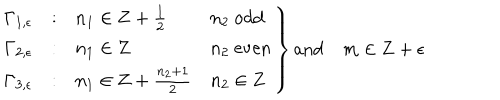
LaTeX: \left. \begin{array} { c c l l } { { \Gamma _ { 1 , \epsilon } } } & { { : } } & { { n _ { 1 } \in { \bf Z } + { \frac { 1 } { 2 } } } } & { { n _ { 2 } \ \mathrm { o d d } } } \\ { { \Gamma _ { 2 , \epsilon } } } & { { : } } & { { n _ { 1 } \in { \bf Z } } } & { { n _ { 2 } \ \mathrm { e v e n } } } \\ { { \Gamma _ { 3 , \epsilon } } } & { { : } } & { { n _ { 1 } \in { \bf Z } + { \frac { n _ { 2 } + 1 } { 2 } } } } & { { n _ { 2 } \in { \bf Z } } } \\ \end{array} \right\} \mathrm { a n d } \quad m \in { \bf Z } + \epsilon